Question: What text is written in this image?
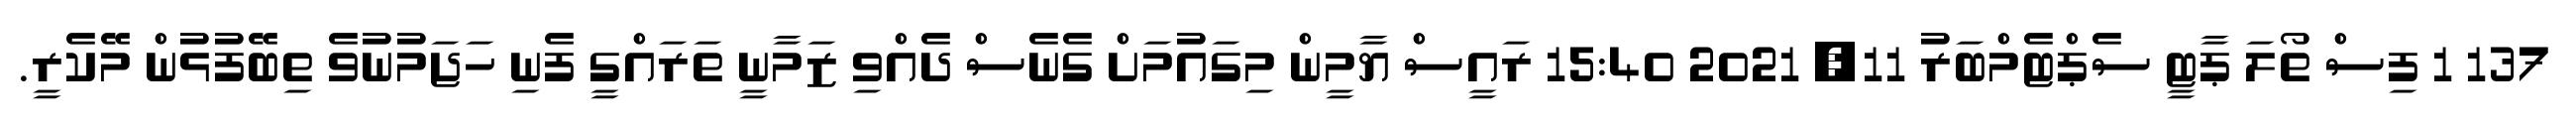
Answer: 137 1 ފިސް ތޯލަ ޕާޓީ ސެޕްޓެމްބަރު 11, 2021 15:40 ރައީސް ޔާމީން މިގައުމަށް ގެނެސް ދެއްވި ޒަމާނީ ތަރައްގީ ފެނި ހަޖަމުނުވެ ތިބޭފުޅުން މޭކެރީ.